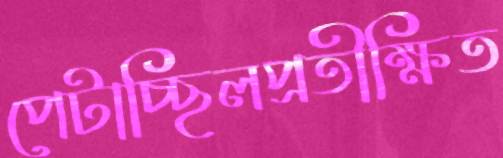
পেটাচ্ছিলপ্রতীক্ষিত